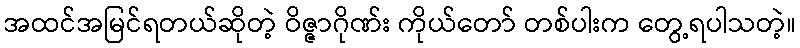
အထင်အမြင်ရတယ်ဆိုတဲ့ ဝိဇ္ဇာဂိုဏ်း ကိုယ်တော် တစ်ပါးက တွေ့ရပါသတဲ့။